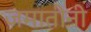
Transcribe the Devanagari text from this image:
जमातीनी